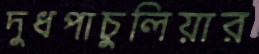
দুধপাচুলিয়ার